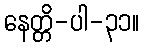
နေတ္တိ-ပါ-၃၁။